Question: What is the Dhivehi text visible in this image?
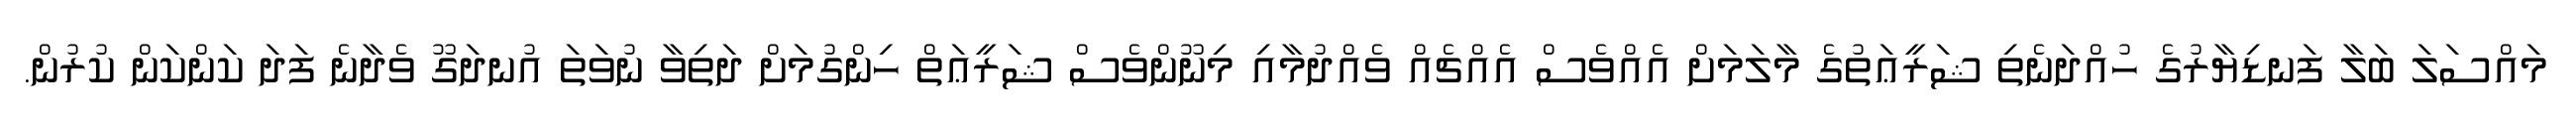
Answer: މައްސަލަ ބަލާ ފަނޑިޔާރުގެ ހުއްދަނެތި ޝަރީޢަތުގެ މާލަމަށް އެއްވެސް އެއްޗެއް ވެއްދުމާއި މިނޫންވެސް ޝަރީޢަތް ހިންގުމަށް ދަތިވާ ނުވަތަ އުނދަގޫ ވެދާނެ ފަދަ ކަންކަން ކުރުން.